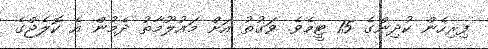
ފިރިހެން ކުދިންގެ 15 ޓީމެވެ. ވަގުތު އަށް މައުލޫމާތު ދެމުން އެ ކޮލެޖްގެ